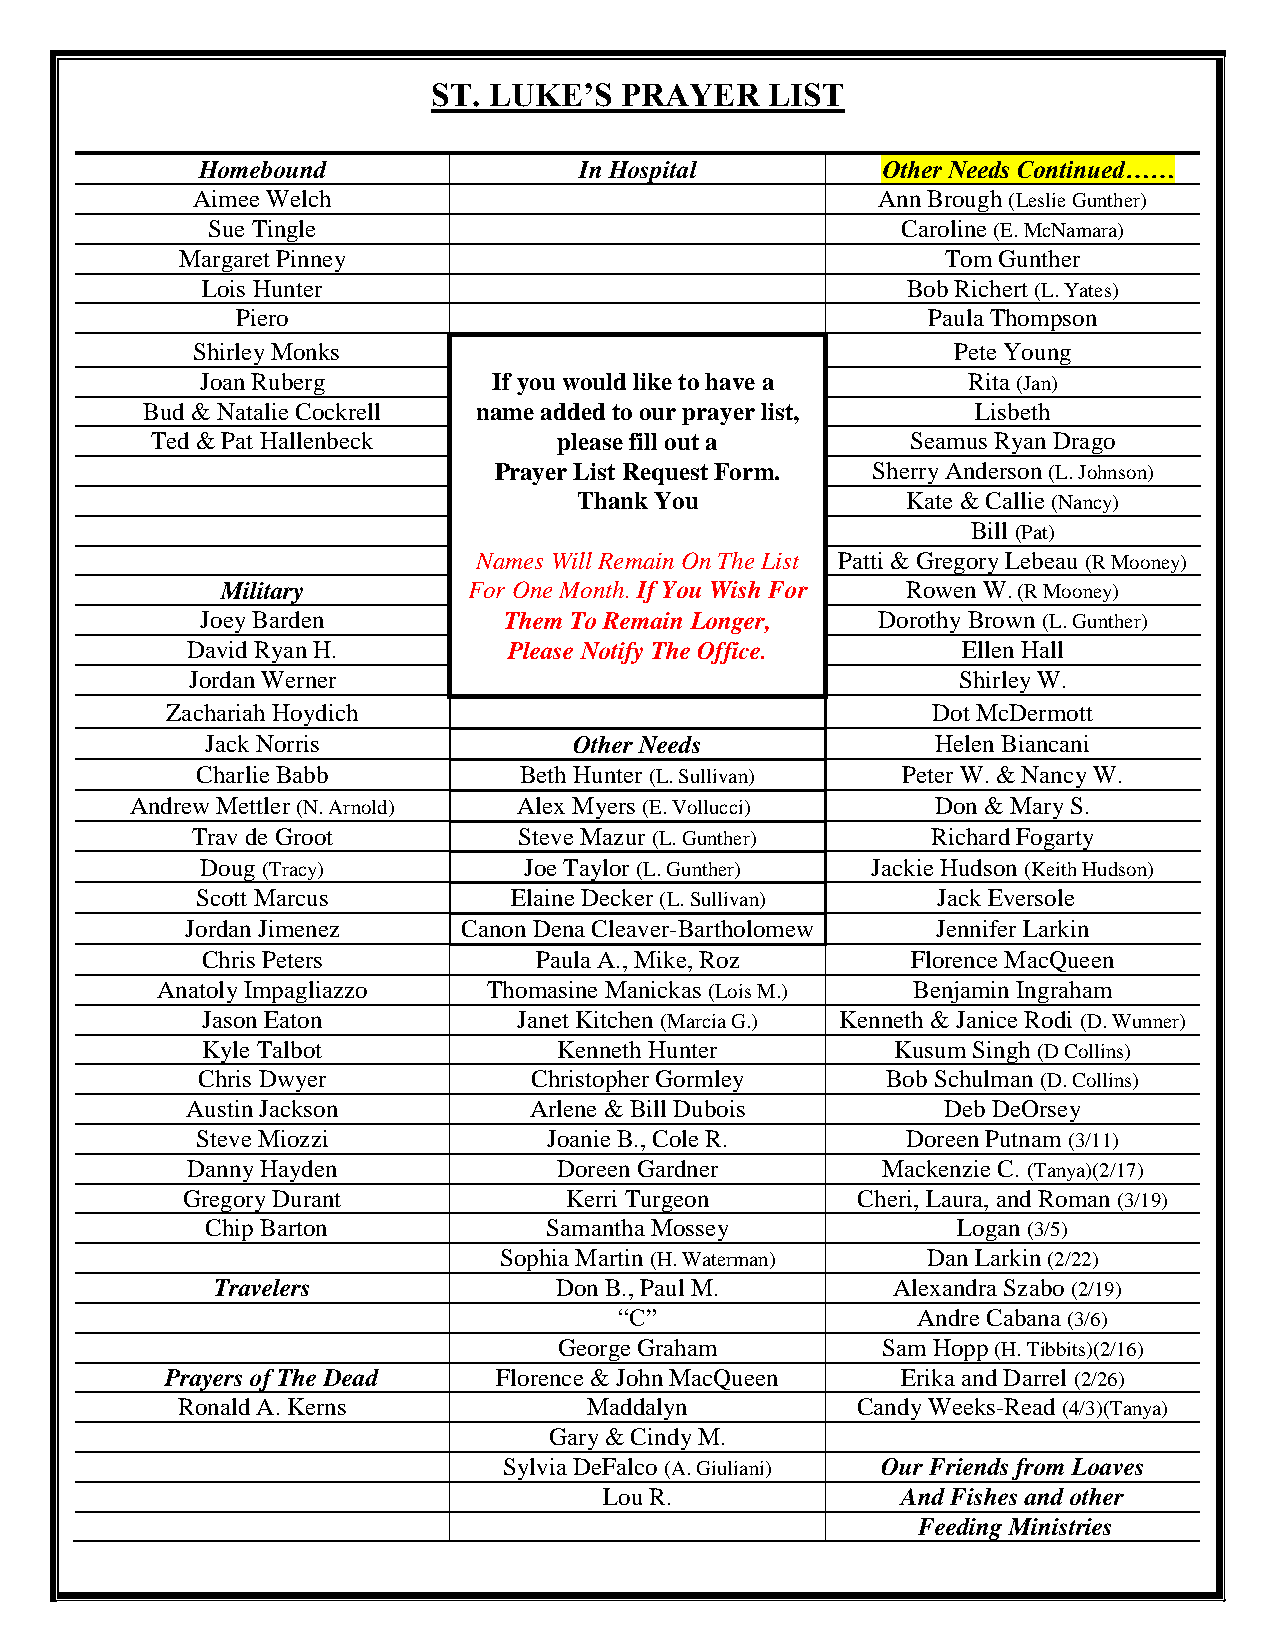
ST. LUKE’S  PRAYER    LIST
 Homebound                In Hospital         Other Needs Continued……
 Aimee Welch                                  Ann Brough (Leslie Gunther)
 Sue Tingle                                    Caroline (E. McNamara)
 Margaret Pinney                                    Tom Gunther
 Lois Hunter                                    Bob Richert (L. Yates)
 Piero                                        Paula Thompson
 Shirley Monks                                     Pete Young
 Joan Ruberg         If you would like to have a    Rita (Jan)
 Bud & Natalie Cockrell name added to our prayer list,   Lisbeth
 Ted & Pat Hallenbeck       please fill out a      Seamus Ryan Drago
 Prayer List Request Form. Sherry Anderson (L. Johnson)
 Thank You             Kate & Callie (Nancy)
 Bill (Pat)
 Names Will Remain On The List Patti & Gregory Lebeau (R Mooney)
 Military        For One Month. If You Wish For Rowen W. (R Mooney)
 Joey Barden         Them To Remain Longer,   Dorothy Brown (L. Gunther)
 David Ryan H.         Please Notify The Office.     Ellen Hall
 Jordan Werner                                      Shirley W.
 Zachariah Hoydich                                  Dot McDermott
 Jack Norris             Other Needs             Helen Biancani
 Charlie Babb         Beth Hunter (L. Sullivan) Peter W. & Nancy W.
 Andrew Mettler (N. Arnold) Alex Myers (E. Vollucci)  Don & Mary S.
 Trav de Groot        Steve Mazur (L. Gunther)    Richard Fogarty
 Doug (Tracy)          Joe Taylor (L. Gunther) Jackie Hudson (Keith Hudson)
 Scott Marcus         Elaine Decker (L. Sullivan) Jack Eversole
 Jordan Jimenez     Canon Dena Cleaver-Bartholomew Jennifer Larkin
 Chris Peters          Paula A., Mike, Roz      Florence MacQueen
 Anatoly Impagliazzo   Thomasine Manickas (Lois M.) Benjamin Ingraham
 Jason Eaton          Janet Kitchen (Marcia G.) Kenneth & Janice Rodi (D. Wunner)
 Kyle Talbot             Kenneth Hunter        Kusum Singh (D Collins)
 Chris Dwyer           Christopher Gormley     Bob Schulman (D. Collins)
 Austin Jackson         Arlene & Bill Dubois        Deb DeOrsey
 Steve Miozzi           Joanie B., Cole R.      Doreen Putnam (3/11)
 Danny Hayden             Doreen Gardner       Mackenzie C. (Tanya)(2/17)
 Gregory Durant           Kerri Turgeon       Cheri, Laura, and Roman (3/19)
 Chip Barton           Samantha Mossey            Logan (3/5)
 Sophia Martin (H. Waterman) Dan Larkin (2/22)
 Travelers              Don B., Paul M.       Alexandra Szabo (2/19)
 “C”                 Andre Cabana (3/6)
 George Graham        Sam Hopp (H. Tibbits)(2/16)
 Prayers of The Dead   Florence & John MacQueen   Erika and Darrel (2/26)
 Ronald A. Kerns            Maddalyn          Candy Weeks-Read (4/3)(Tanya)
 Gary & Cindy M.
 Sylvia DeFalco (A. Giuliani) Our Friends from Loaves
 Lou R.              And Fishes and other
 Feeding Ministries